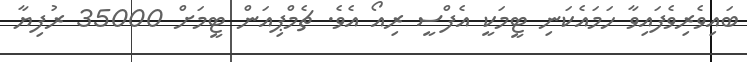
ބައިވެރިވެފައިވާ ހަމައެކަނި ޓީމަކީ އެފްސީ ރިއޯ އެވެ. ޗެމްޕިއަން ޓީމަށް 35000 ރުފިޔާ